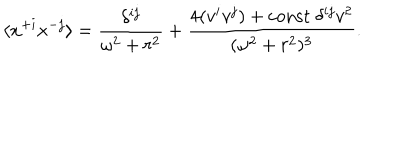
LaTeX: \langle x ^ { + i } x ^ { - j } \rangle = { \frac { \delta ^ { i j } } { \omega ^ { 2 } + r ^ { 2 } } } + { \frac { 4 ( v ^ { i } v ^ { j } ) + \mathrm { c o n s t } \ \delta ^ { i j } v ^ { 2 } } { ( \omega ^ { 2 } + r ^ { 2 } ) ^ { 3 } } } .